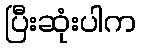
ပြီးဆုံးပါက